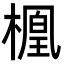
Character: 𬄑